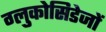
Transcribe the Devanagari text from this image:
ग्लुकोसिडेजों